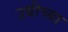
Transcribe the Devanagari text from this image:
उबीच्या